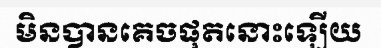
មិនបានគេចផុតនោះឡើយ